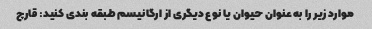
موارد زیر را به عنوان حیوان یا نوع دیگری از ارگانیسم طبقه بندی کنید: قارچ